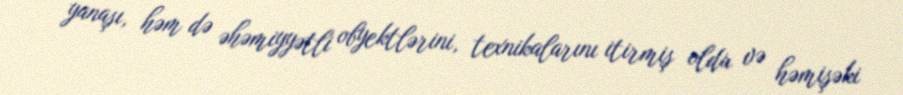
yanaşı, həm də əhəmiyyətli obyektlərini, texnikalarını itirmiş oldu və həmişəki